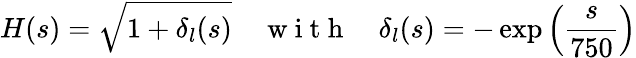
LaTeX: H(s)=\sqrt{1+\delta_{l}(s)}\quad\mathrm{~w~i~t~h~}\quad\delta_{l}(s)=-\exp\left(\frac{s}{750}\right)